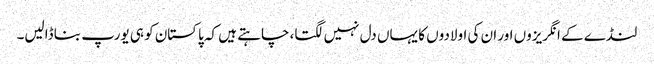
لنڈے کے انگریزوں اور ان کی اولادوں کا یہاں دل نہیں لگتا، چاہتے ہیں کہ پاکستان کو ہی یورپ بنا ڈالیں۔